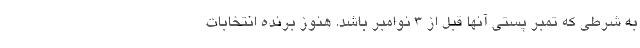
به شرطی که تمبر پستی آنها قبل از ۳ نوامبر باشد. هنوز برنده انتخابات